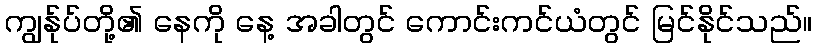
ကျွန်ုပ်တို့၏ နေကို နေ့ အခါတွင် ကောင်းကင်ယံတွင် မြင်နိုင်သည်။